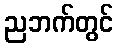
ညဘက်တွင်